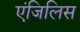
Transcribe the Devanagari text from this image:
एंजिलिस